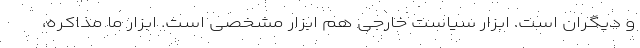
و دیگران است. ابزار سیاست خارجی هم ابزار مشخصی است. ابزار ما مذاکره،